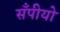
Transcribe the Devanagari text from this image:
सँपीयो